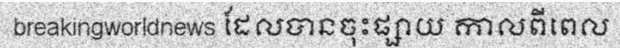
breakingworldnews ដែលបានចុះផ្សាយ កាលពីពេល